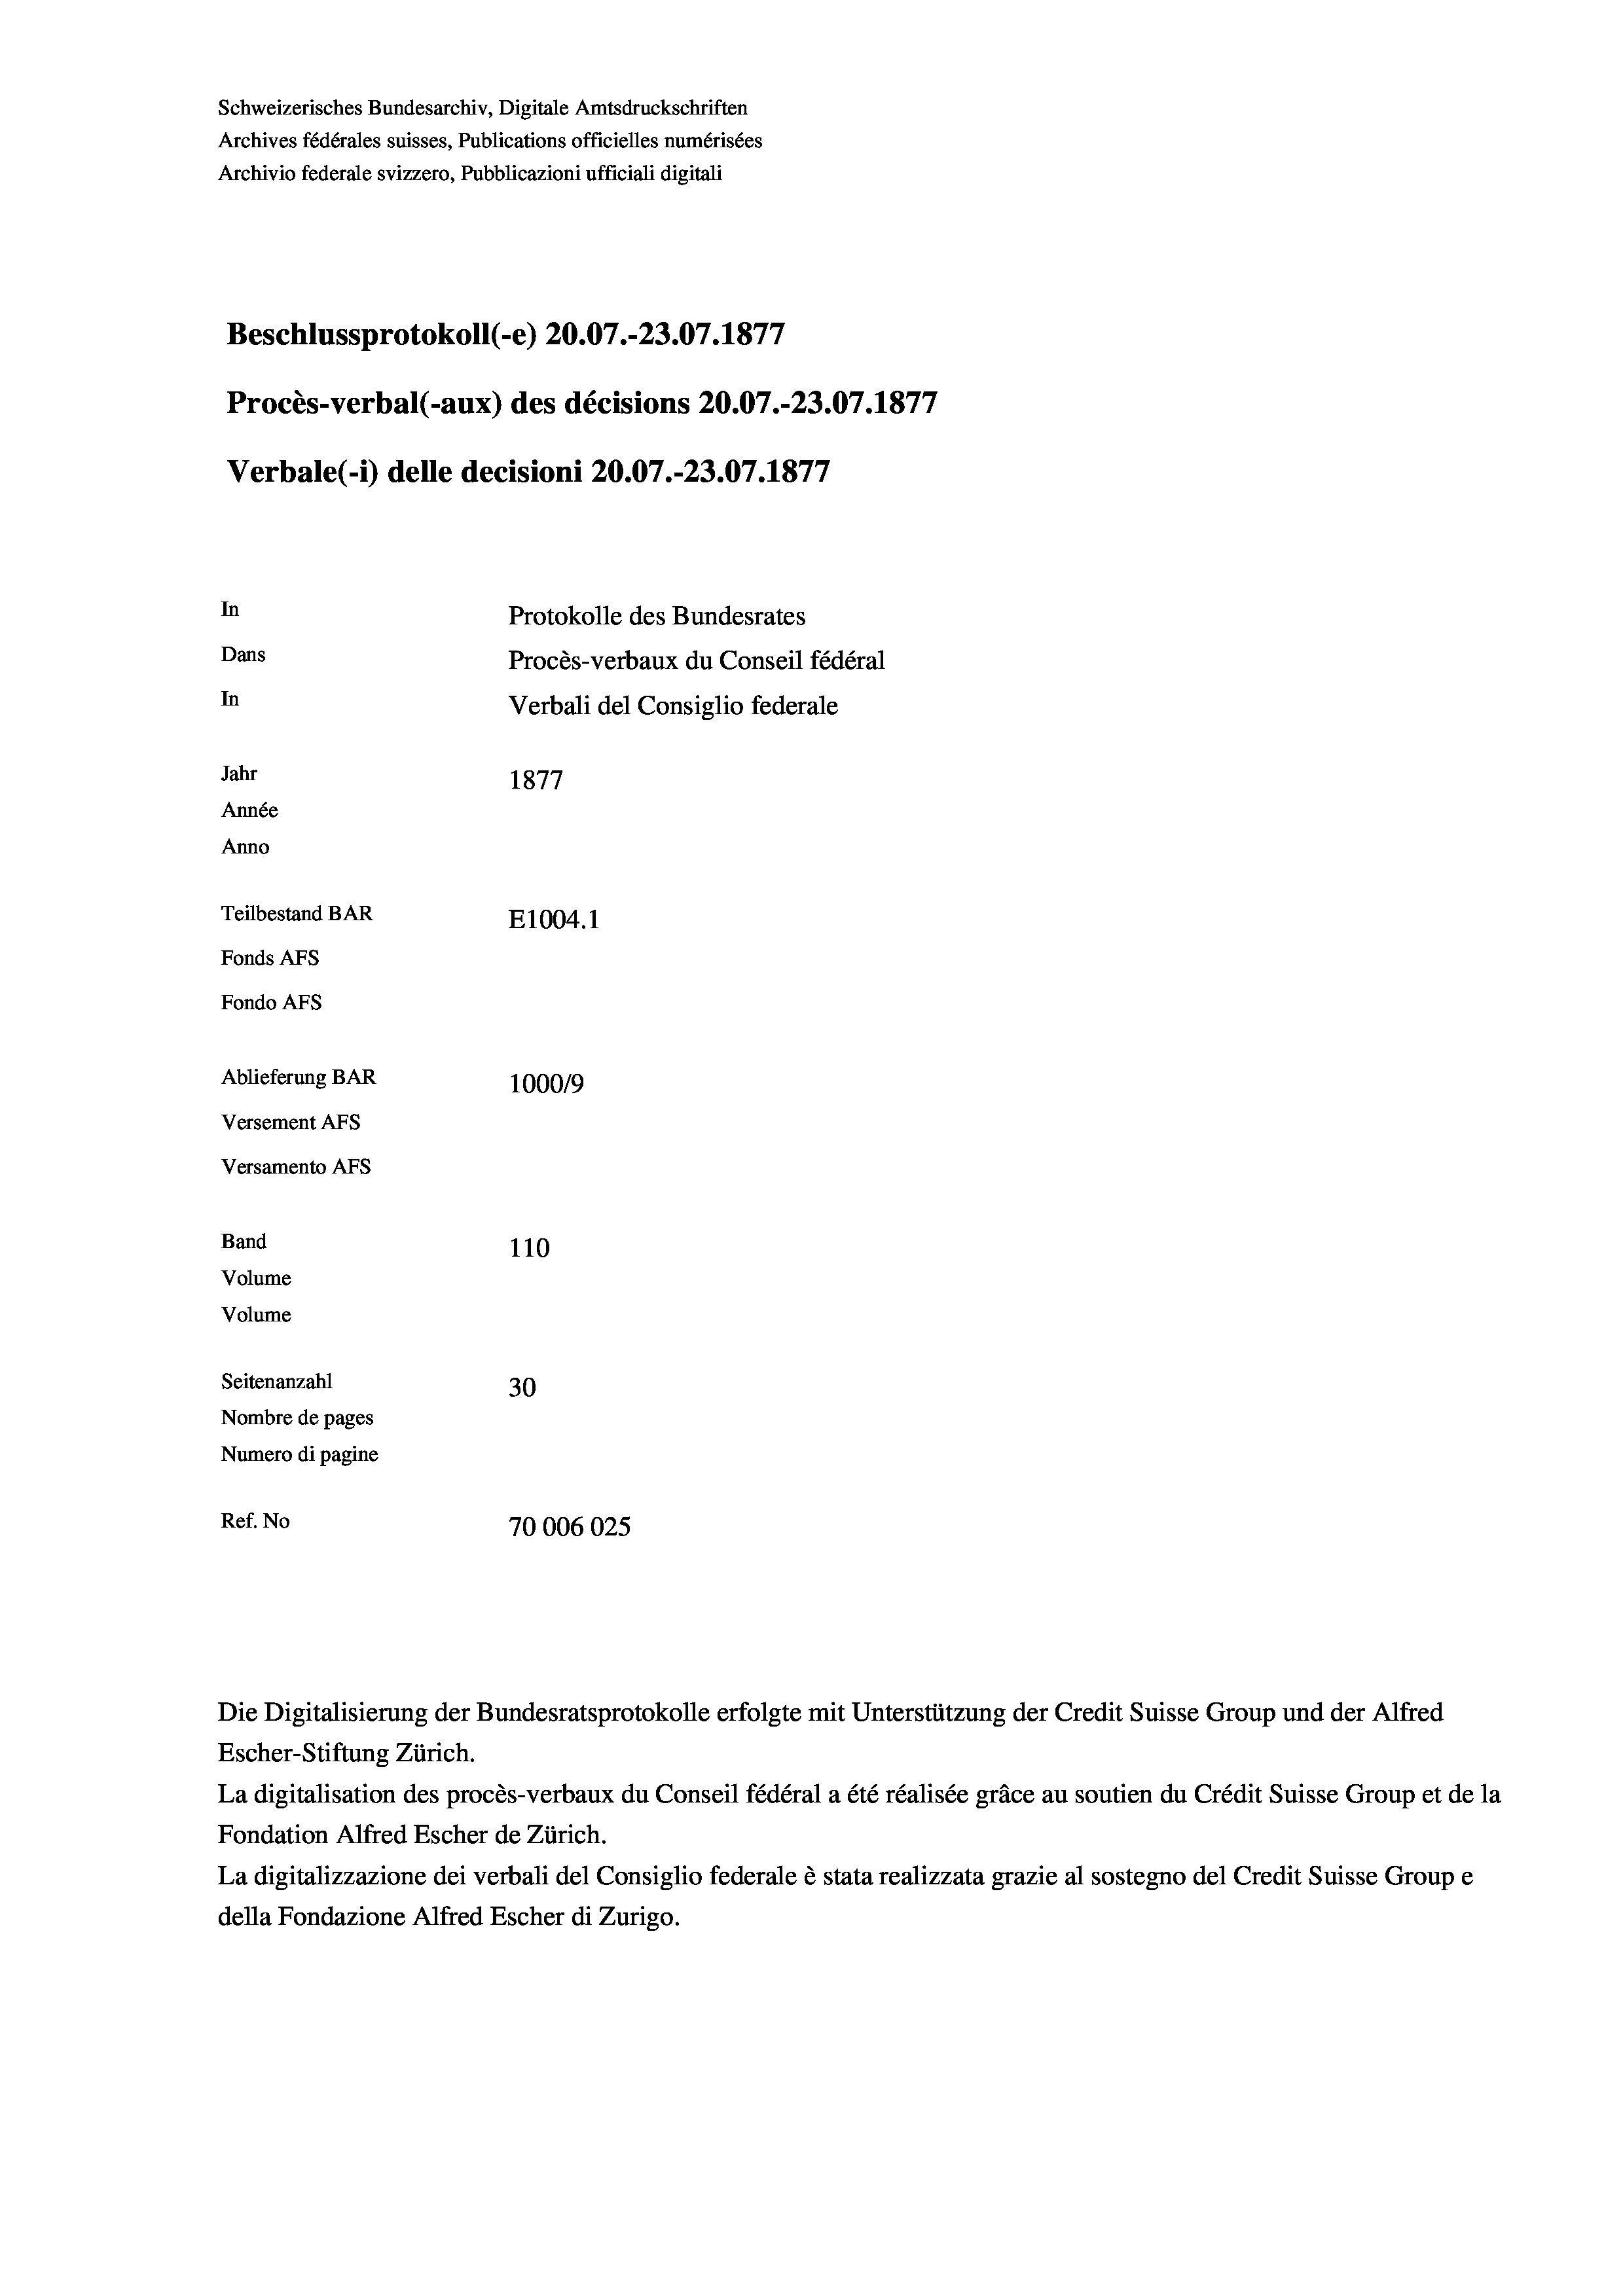
Schweizerisches Bundesarchiv, Digitale Amtsdruckschriften
Archives fédérales suisses, Publications officielles numérisées
Archivio federale svizzero, Pubblicazioni ufficiali digitali
Beschlussprotokoll (-e) 20.07.-23.07. 1877
Procès-verbal (-aux) des décisions 20.07.-23.07. 1877
Verbale (1) delle decisioni 20.07.-23.07. 1877
In
Protokolle des Bundesrates
Dans
Procès-verbaux du Conseil fédéral
In
Verbali del Consiglio federale
Jahr
1877
Année
Anno
Teilbestand BAR
E1004.1
Fonds AFs
Fondo AFS
Ablieferung BAR
100019
Versement AFs
Versamento AFS
Band
110
Volume
Volume
Seitenanzahl
30
Nombre de pages
Numero di pagine
Ref. No
70006025.

Escher-Stiftung Zürich.
La digitalisation des procès-verbaux du Conseil fédéral a été réalisée gräce au soutien du Crédit Suisse Group et de la
Fondation Alfred Escher de Zürich.
La digitalizzazione dei verbali del Consiglio federale è stata realizzata grazie al sostegno del Credit Suisse Groupe
della Fondazione Alfred Escher di Zurigo.

Die Digitalisierung der Bundesratsprotokolle erfolgte mit Unterstützung der Credit Suisse Group und der Alfred